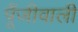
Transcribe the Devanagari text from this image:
पूँजीवाली